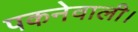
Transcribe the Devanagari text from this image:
पकनेवाली।